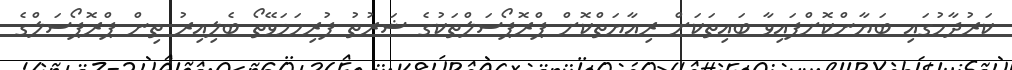
ކަރުދާހުގައި ބަޔާންކޮށްފައިވާ ބައިތަކަށް ރިއާޔަތްކޮށް ޕްރޮޕޯސަލްތަކުގެ ޝަރުތު ފުރިހަމަވޭތޯ ބެލިއިރު ތިން ޕްރޮޕޯސަލްގެ